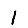
Digit: 1